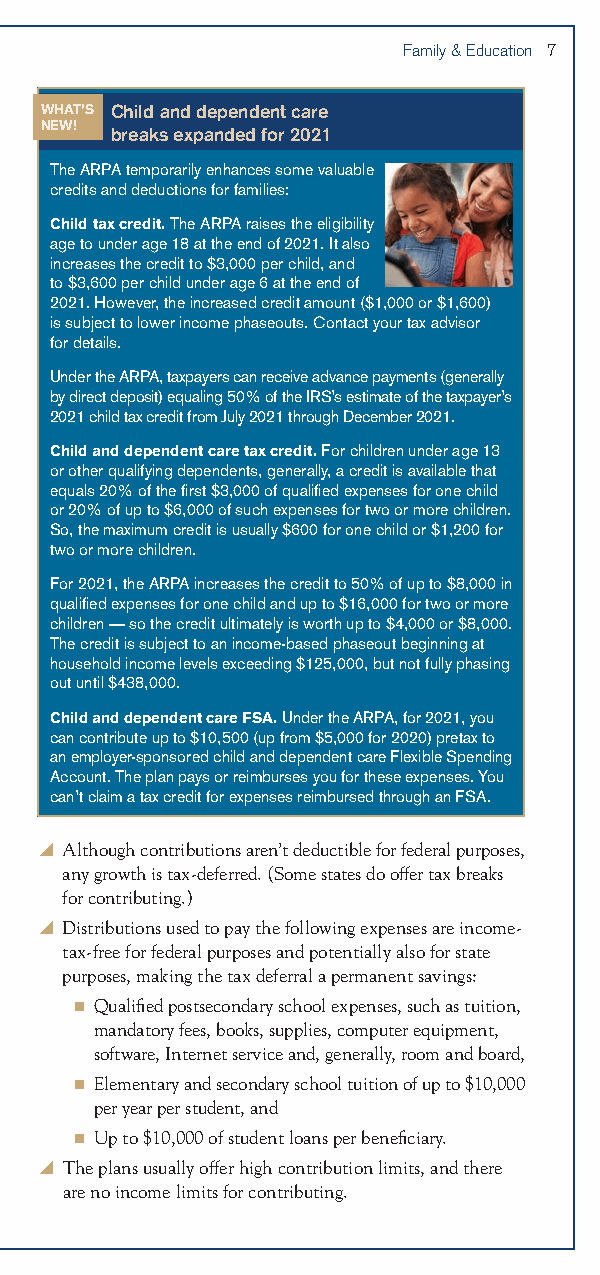
Family & Education 7
 WHAT’S Child and dependent care
 NEW! breaks expanded for 2021
 The ARPA temporarily enhances some valuable
 credits and deductions for families:
 Child tax credit. The ARPA raises the eligibility
 age to under age 18 at the end of 2021. It also
 increases the credit to $3,000 per child, and
 to $3,600 per child under age 6 at the end of
 2021. However, the increased credit amount ($1,000 or $1,600)
 is subject to lower income phaseouts. Contact your tax advisor
 for details.
 Under the ARPA, taxpayers can receive advance payments (generally
 by direct deposit) equaling 50% of the IRS’s estimate of the taxpayer’s
 2021 child tax credit from July 2021 through December 2021.
 Child and dependent care tax credit. For children under age 13
 or other qualifying dependents, generally, a credit is available that
 equals 20% of the first $3,000 of qualified expenses for one child
 or 20% of up to $6,000 of such expenses for two or more children.
 So, the maximum credit is usually $600 for one child or $1,200 for
 two or more children.
 For 2021, the ARPA increases the credit to 50% of up to $8,000 in
 qualified expenses for one child and up to $16,000 for two or more
 children — so the credit ultimately is worth up to $4,000 or $8,000.
 The credit is subject to an income-based phaseout beginning at
 household income levels exceeding $125,000, but not fully phasing
 out until $438,000.
 Child and dependent care FSA. Under the ARPA, for 2021, you
 can contribute up to $10,500 (up from $5,000 for 2020) pretax to
 an employer-sponsored child and dependent care Flexible Spending
 Account. The plan pays or reimburses you for these expenses. You
 can’t claim a tax credit for expenses reimbursed through an FSA.
 y Although contributions aren’t deductible for federal purposes,
 any growth is tax-deferred. (Some states do offer tax breaks
 for contributing.)
 y Distributions used to pay the following expenses are income-
 tax-free for federal purposes and potentially also for state
 purposes, making the tax deferral a permanent savings:
 n Qualified postsecondary school expenses, such as tuition,
 mandatory fees, books, supplies, computer equipment,
 software, Internet service and, generally, room and board,
 n Elementary and secondary school tuition of up to $10,000
 per year per student, and
 n Up to $10,000 of student loans per beneficiary.
 y The plans usually offer high contribution limits, and there
 are no income limits for contributing.